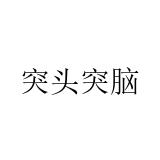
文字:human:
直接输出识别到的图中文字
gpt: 突头突脑